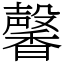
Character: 馨